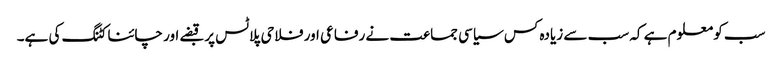
سب کو معلوم ہے کہ سب سے زیادہ کس سیاسی جماعت نے رفاعی اور فلاحی پلاٹس پر قبضے اور چائنا کٹنگ کی ہے۔